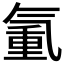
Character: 𣱧